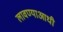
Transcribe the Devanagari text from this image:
लावण्‍याआधी